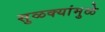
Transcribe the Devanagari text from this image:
सुळक्यांमुळे